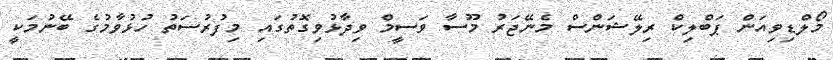
މޯލްޑިވިއަން ޕަބްލިކް ރިލޭޝަންސް މެނޭޖަރު މޫސާ ވަސީމް ވިދާޅުވިގޮތުގައި މިފުރުސަތު ހުޅުވާމުގެ ބޭނުމަކީ